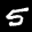
Label: 5